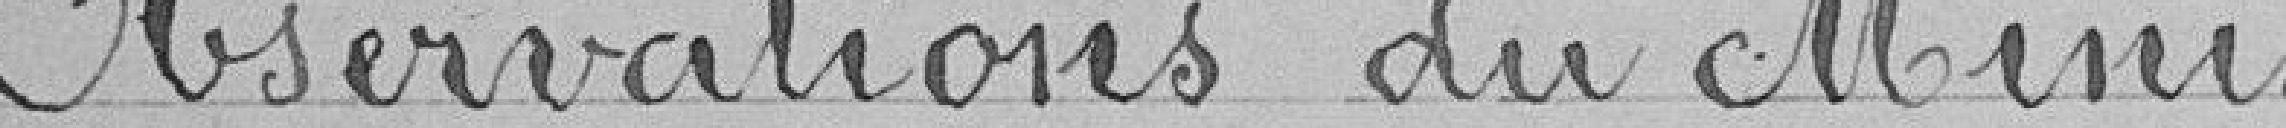
Observations du Minis-